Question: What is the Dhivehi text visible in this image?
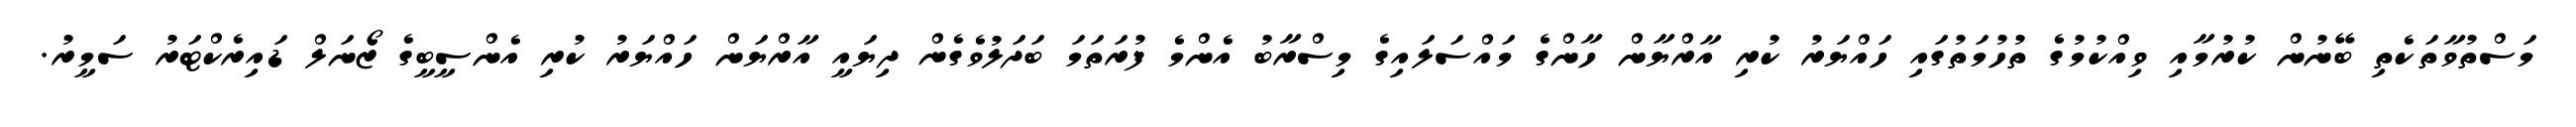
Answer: މަސްތުވާތަކެތި ބޭނުން ކުރުމާއި ވިއްކުމުގެ ތުހުމަތުގައި ހައްޔަރު ކުރި އާރްޔާން ހާންގެ މައްސަލައިގެ މިސްރާބު އެންމެ ފުރަތަމަ ބަދަލުވެގެން ދިޔައީ އާރްޔަން ހައްޔަރު ކުރި އެންސީބީގެ ޒޯނަލް ޑައިރެކްޓަރު ސަމީރު.